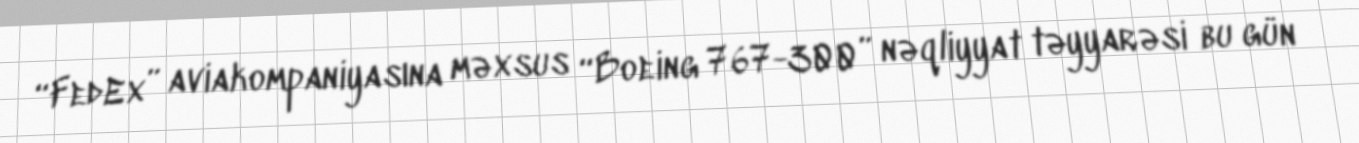
“FedEx” aviakompaniyasına məxsus “Boeing 767-300” nəqliyyat təyyarəsi bu gün